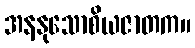
အနနုသောစိယဇာတက။